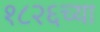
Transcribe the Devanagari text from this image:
१८२६च्या